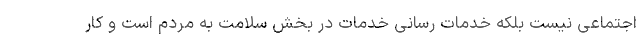
اجتماعی نیست بلکه خدمات رسانی خدمات در بخش سلامت به مردم است و کار